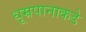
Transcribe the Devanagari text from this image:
धूम्रपानाकडे